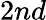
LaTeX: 2{nd}